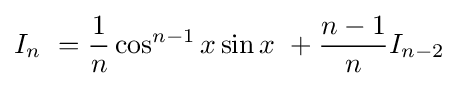
I_{n}\ ={\frac {1}{n}}\cos ^{n-1}x\sin x\ +{\frac {n-1}{n}}I_{n-2}